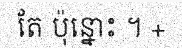
តែ ប៉ុន្នោះ ។ +